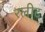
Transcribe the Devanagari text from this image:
रलीद